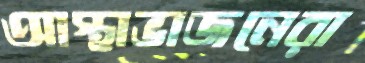
আস্থাভাজনেরা